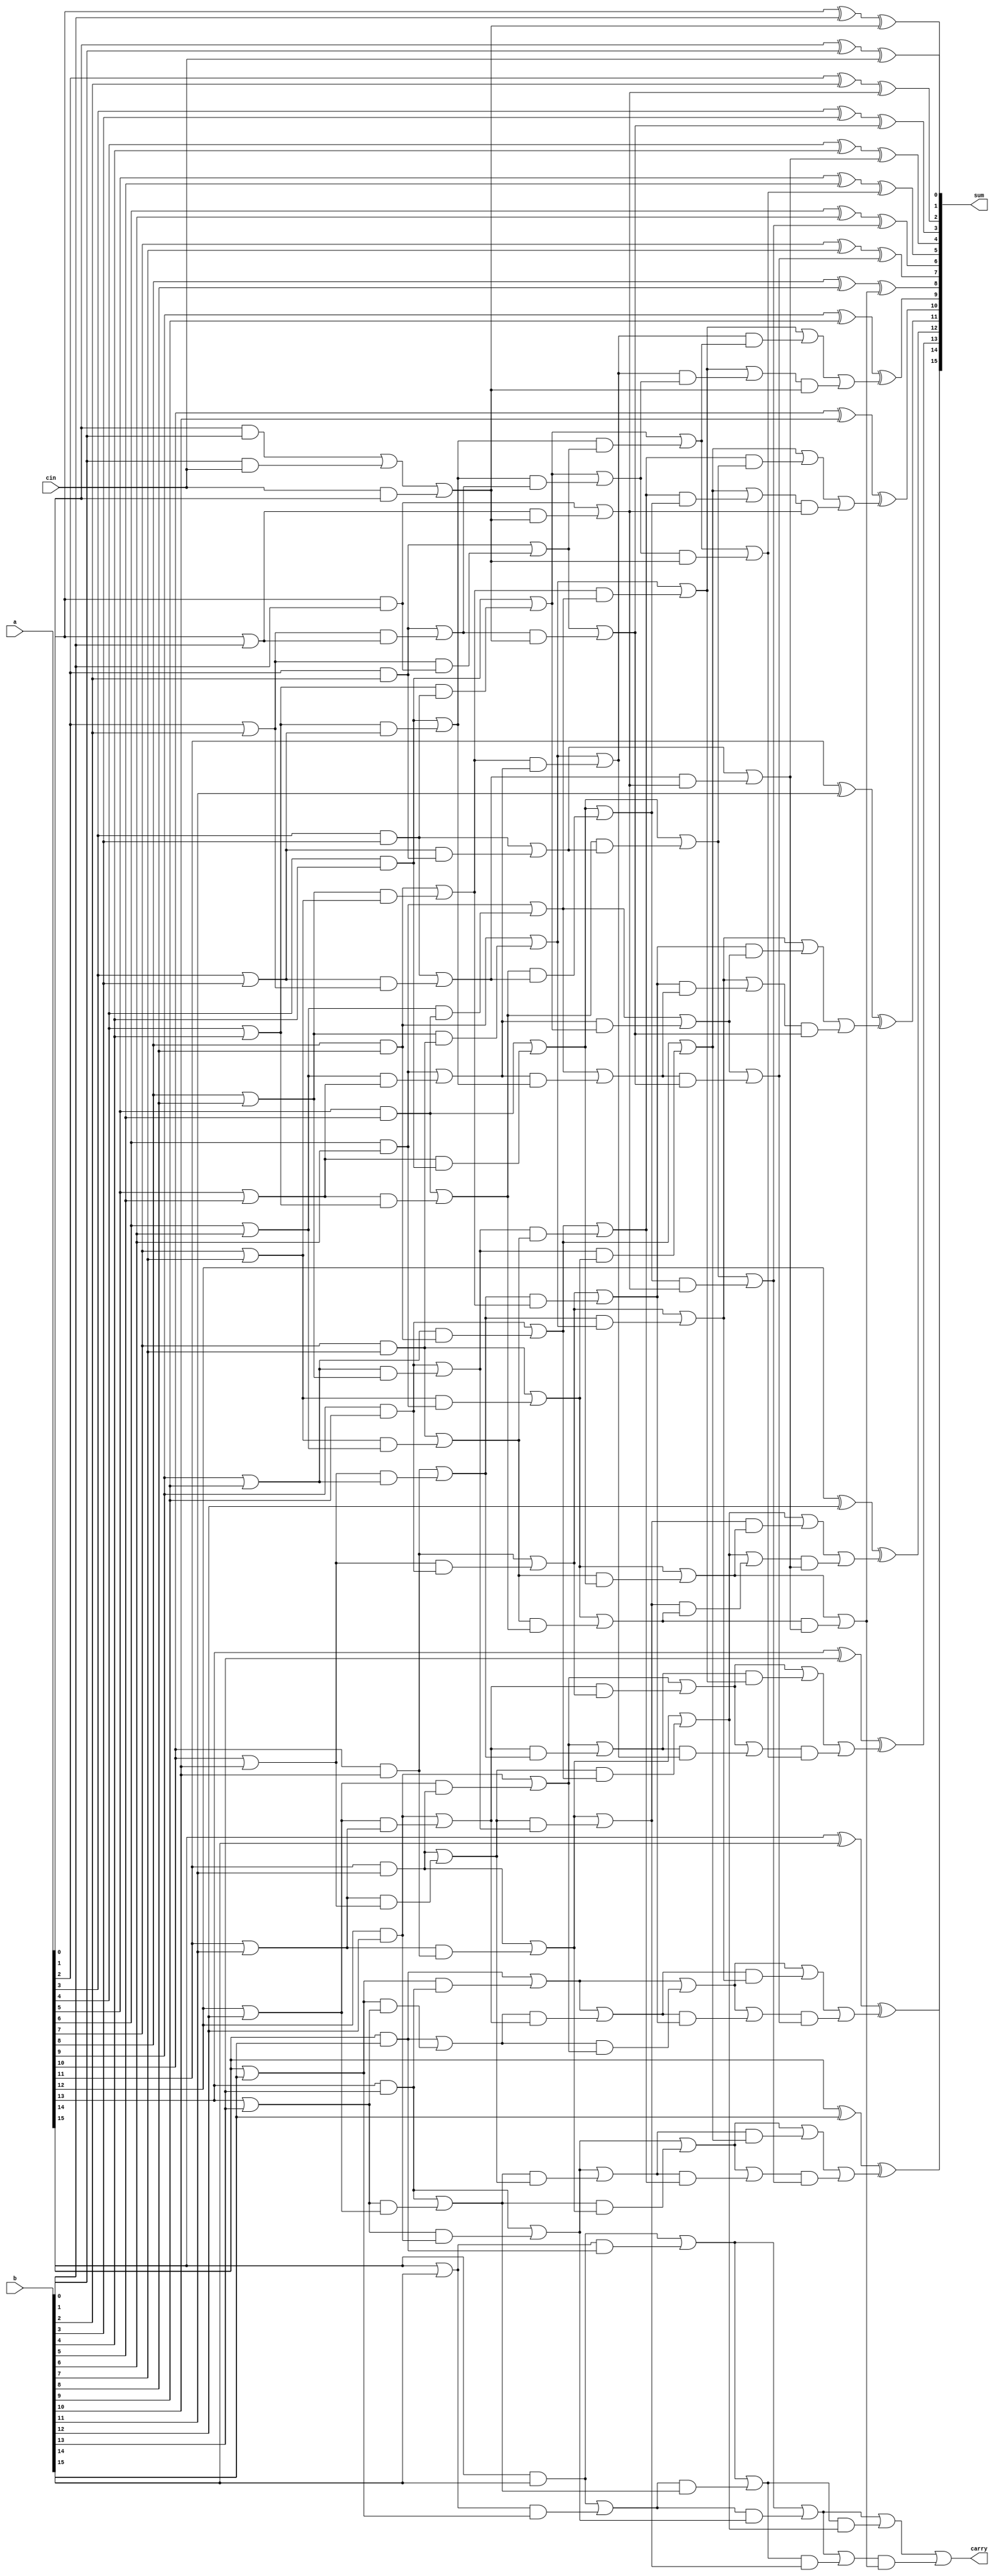
//Final code

module RCLAA(a, b, cin, sum, carry);

	input [16:1] a, b;					//input and output
	input cin;
	output [16:1] sum;
	output carry;

	wire [32:1] c;						//intermediate wires
	wire [32:1] p;
	wire [32:1] q;
	wire [32:1] r;
	wire [32:1] s;
	wire [16:1] t;

	
	assign c[1]=(a[1]&b[1])|(b[1]&cin)|(cin&a[1]);								//initial initialization to k(00), p(10), g(11)
	assign c[2]=(a[1]&b[1])|(b[1]&cin)|(cin&a[1]);				
	assign c[3]=a[2]&b[2];
	assign c[4]=a[2]|b[2];
	assign c[5]=a[3]&b[3];
	assign c[6]=a[3]|b[3];
	assign c[7]=a[4]&b[4];
	assign c[8]=a[4]|b[4];
	assign c[9]=a[5]&b[5];
	assign c[10]=a[5]|b[5];
	assign c[11]=a[6]&b[6];
	assign c[12]=a[6]|b[6];
	assign c[13]=a[7]&b[7];
	assign c[14]=a[7]|b[7];
	assign c[15]=a[8]&b[8];
	assign c[16]=a[8]|b[8];
	assign c[17]=a[9]&b[9];
	assign c[18]=a[9]|b[9];
	assign c[19]=a[10]&b[10];
	assign c[20]=a[10]|b[10];
	assign c[21]=a[11]&b[11];
	assign c[22]=a[11]|b[11];						
	assign c[23]=a[12]&b[12];
	assign c[24]=a[12]|b[12];
	assign c[25]=a[13]&b[13];
	assign c[26]=a[13]|b[13];
	assign c[27]=a[14]&b[14];
	assign c[28]=a[14]|b[14];
	assign c[29]=a[15]&b[15];
	assign c[30]=a[15]|b[15];
	assign c[31]=a[16]&b[16];
	assign c[32]=a[16]|b[16];
	
	//initial
	//$display("c: %b", c);


	assign p[2:1]=c[2:1];						//recurrsive method- row1
	assign p[3]=c[3]|(c[4]&c[1]);
	assign p[4]=c[3]|(c[4]&c[2]);	
	assign p[5]=c[5]|(c[6]&c[3]);
	assign p[6]=c[5]|(c[6]&c[4]);
	assign p[7]=c[7]|(c[8]&c[5]);
	assign p[8]=c[7]|(c[8]&c[6]);
	assign p[9]=c[9]|(c[10]&c[7]);
	assign p[10]=c[9]|(c[10]&c[8]);
	assign p[11]=c[11]|(c[12]&c[9]);
	assign p[12]=c[11]|(c[12]&c[10]);
	assign p[13]=c[13]|(c[14]&c[11]);
	assign p[14]=c[13]|(c[14]&c[12]);
	assign p[15]=c[15]|(c[16]&c[13]);
	assign p[16]=c[15]|(c[16]&c[14]);
	assign p[17]=c[17]|(c[18]&c[15]);
	assign p[18]=c[17]|(c[18]&c[16]);
	assign p[19]=c[19]|(c[20]&c[17]);
	assign p[20]=c[19]|(c[20]&c[18]);
	assign p[21]=c[21]|(c[22]&c[19]);
	assign p[22]=c[21]|(c[22]&c[20]);
	assign p[23]=c[23]|(c[24]&c[21]);
	assign p[24]=c[23]|(c[24]&c[22]);
	assign p[25]=c[25]|(c[26]&c[23]);
	assign p[26]=c[25]|(c[26]&c[24]);
	assign p[27]=c[27]|(c[28]&c[25]);
	assign p[28]=c[27]|(c[28]&c[26]);
	assign p[29]=c[29]|(c[30]&c[27]);
	assign p[30]=c[29]|(c[30]&c[28]);
	assign p[31]=c[31]|(c[32]&c[29]);
	assign p[32]=c[31]|(c[32]&c[30]);

	//initial
	//$display("p: %b", p);

	
	assign q[4:1]=p[4:1];						//recurrsive method- row2	
	assign q[5]=p[5]|(p[6]&p[1]);
	assign q[6]=p[5]|(p[6]&p[2]);
	assign q[7]=p[7]|(p[8]&p[3]);
	assign q[8]=p[7]|(p[8]&p[4]);
	assign q[9]=p[9]|(p[10]&p[5]);
	assign q[10]=p[9]|(p[10]&p[6]);
	assign q[11]=p[11]|(p[12]&p[7]);
	assign q[12]=p[11]|(p[12]&p[8]);
	assign q[13]=p[13]|(p[14]&p[9]);
	assign q[14]=p[13]|(p[14]&p[10]);
	assign q[15]=p[15]|(p[16]&p[11]);
	assign q[16]=p[15]|(p[16]&p[12]);
	assign q[17]=p[17]|(p[18]&p[13]);
	assign q[18]=p[17]|(p[18]&p[14]);
	assign q[19]=p[19]|(p[20]&p[15]);
	assign q[20]=p[19]|(p[20]&p[16]);
	assign q[21]=p[21]|(p[22]&p[17]);
	assign q[22]=p[21]|(p[22]&p[18]);
	assign q[23]=p[23]|(p[24]&p[19]);
	assign q[24]=p[23]|(p[24]&p[20]);
	assign q[25]=p[25]|(p[26]&p[21]);
	assign q[26]=p[25]|(p[26]&p[22]);
	assign q[27]=p[27]|(p[28]&p[23]);
	assign q[28]=p[27]|(p[28]&p[24]);
	assign q[29]=p[29]|(p[30]&p[25]);
	assign q[30]=p[29]|(p[30]&p[26]);
	assign q[31]=p[31]|(p[32]&p[27]);
	assign q[32]=p[31]|(p[32]&p[28]);

	//initial
	//$display("q: %b", q);
	

	assign r[8:1]=q[8:1];						//recurrsive method- row3
	assign r[9]=q[9]|(q[10]&q[1]);
	assign r[10]=q[9]|(q[10]&q[2]);
	assign r[11]=q[11]|(q[12]&q[3]);
	assign r[12]=q[11]|(q[12]&q[4]);
	assign r[13]=q[13]|(q[14]&q[5]);
	assign r[14]=q[13]|(q[14]&q[6]);
	assign r[15]=q[15]|(q[16]&q[7]);
	assign r[16]=q[15]|(q[16]&q[8]);
	assign r[17]=q[17]|(q[18]&q[9]);	
	assign r[18]=q[17]|(q[18]&q[10]);
	assign r[19]=q[19]|(q[20]&q[11]);
	assign r[20]=q[19]|(q[20]&q[12]);
	assign r[21]=q[21]|(q[22]&q[13]);
	assign r[22]=q[21]|(q[22]&q[14]);
	assign r[23]=q[23]|(q[24]&q[15]);
	assign r[24]=q[23]|(q[24]&q[16]);
	assign r[25]=q[25]|(q[26]&q[17]);
	assign r[26]=q[25]|(q[26]&q[18]);
	assign r[27]=q[27]|(q[28]&q[19]);
	assign r[28]=q[27]|(q[28]&q[20]);	
	assign r[29]=q[29]|(q[30]&q[21]);
	assign r[30]=q[29]|(q[30]&q[22]);
	assign r[31]=q[31]|(q[32]&q[23]);
	assign r[32]=q[31]|(q[32]&q[24]);

	//initial
	//$display("r: %b", r);
	

	assign s[16:1]=r[16:1];						//recurrsive method- row4
	assign s[17]=r[17]|(r[18]&r[1]);
	assign s[18]=r[17]|(r[18]&r[2]);
	assign s[19]=r[19]|(r[20]&r[3]);
	assign s[20]=r[19]|(r[20]&r[4]);
	assign s[21]=r[21]|(r[22]&r[5]);
	assign s[22]=r[21]|(r[22]&r[6]);
	assign s[23]=r[23]|(r[24]&r[7]);
	assign s[24]=r[23]|(r[24]&r[8]);
	assign s[25]=r[25]|(r[26]&r[9]);
	assign s[26]=r[25]|(r[26]&r[10]);
	assign s[27]=r[27]|(r[28]&r[11]);
	assign s[28]=r[27]|(r[28]&r[12]);
	assign s[29]=r[29]|(r[30]&r[13]);
	assign s[30]=r[29]|(r[30]&r[14]);
	assign s[31]=r[31]|(r[32]&r[15]);
	assign s[32]=r[31]|(r[32]&r[16]);

	//initial
	//$display("s: %b", s);


	assign t[1]=s[1]&s[2];						//substituting the values of g(1) and k(0)
	assign t[2]=s[3]&s[4];
	assign t[3]=s[5]&s[6];
	assign t[4]=s[7]&s[8];
	assign t[5]=s[9]&s[10];
	assign t[6]=s[11]&s[12];
	assign t[7]=s[13]&s[14];
	assign t[8]=s[15]&s[16];
	assign t[9]=s[17]&s[18];
	assign t[10]=s[19]&s[20];
	assign t[11]=s[21]&s[22];
	assign t[12]=s[23]&s[24];
	assign t[13]=s[25]&s[26];
	assign t[14]=s[27]&s[28];
	assign t[15]=s[29]&s[30];
	assign t[16]=s[31]&s[32];

	//initial
	//$display("t: %b", t);
	

	assign sum[1]=a[1]^b[1]^cin;				//final xor operation
	assign sum[2]=a[2]^b[2]^t[1];
	assign sum[3]=a[3]^b[3]^t[2];
	assign sum[4]=a[4]^b[4]^t[3];
	assign sum[5]=a[5]^b[5]^t[4];
	assign sum[6]=a[6]^b[6]^t[5];
	assign sum[7]=a[7]^b[7]^t[6];
	assign sum[8]=a[8]^b[8]^t[7];
	assign sum[9]=a[9]^b[9]^t[8];
	assign sum[10]=a[10]^b[10]^t[9];
	assign sum[11]=a[11]^b[11]^t[10];
	assign sum[12]=a[12]^b[12]^t[11];
	assign sum[13]=a[13]^b[13]^t[12];
	assign sum[14]=a[14]^b[14]^t[13];
	assign sum[15]=a[15]^b[15]^t[14];
	assign sum[16]=a[16]^b[16]^t[15];
	assign carry=0^0^t[16];

endmodule